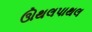
ઊથલપાથલ